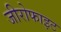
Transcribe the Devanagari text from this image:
जीरोफाइट